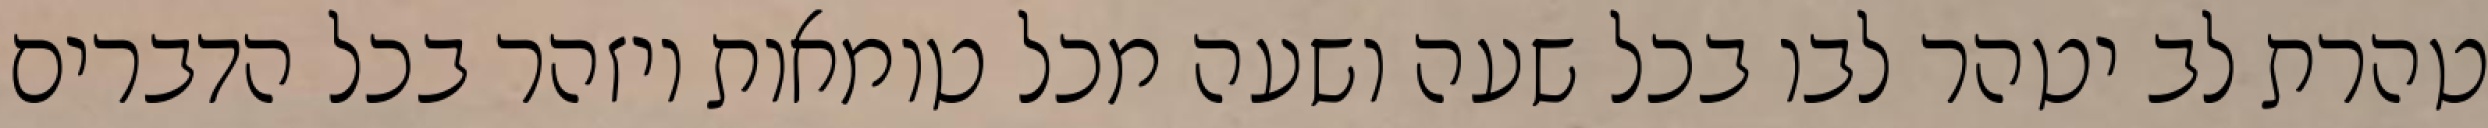
טהרת לב יטהר לבו בכל שעה ושעה מכל טומאות ויזהר בכל הדברים